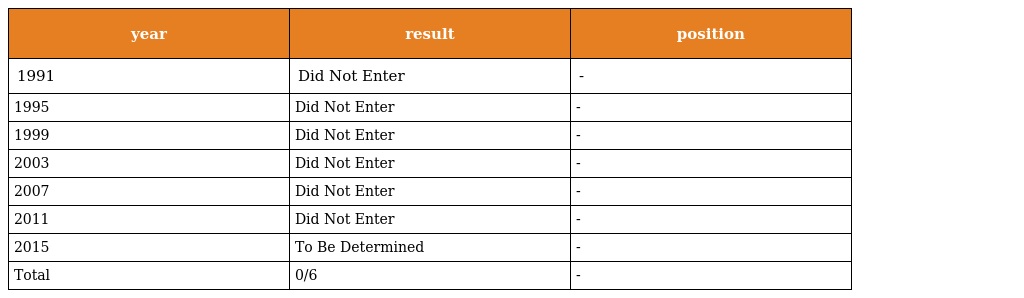
| year | result | position |
 | --- | --- | --- |
 | 1991 | Did Not Enter | - |
 | 1995 | Did Not Enter | - |
 | 1999 | Did Not Enter | - |
 | 2003 | Did Not Enter | - |
 | 2007 | Did Not Enter | - |
 | 2011 | Did Not Enter | - |
 | 2015 | To Be Determined | - |
 | Total | 0/6 | - |